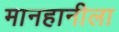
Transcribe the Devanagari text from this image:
मानहानीला